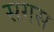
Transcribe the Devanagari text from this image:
सगस